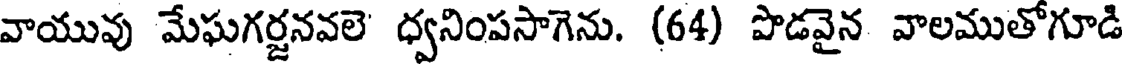
వాయువు మేఘగర్జనవలె ధ్వనింపసాగెను. (64) పొడవైన వాలముతోగూడి